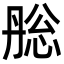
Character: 㥖